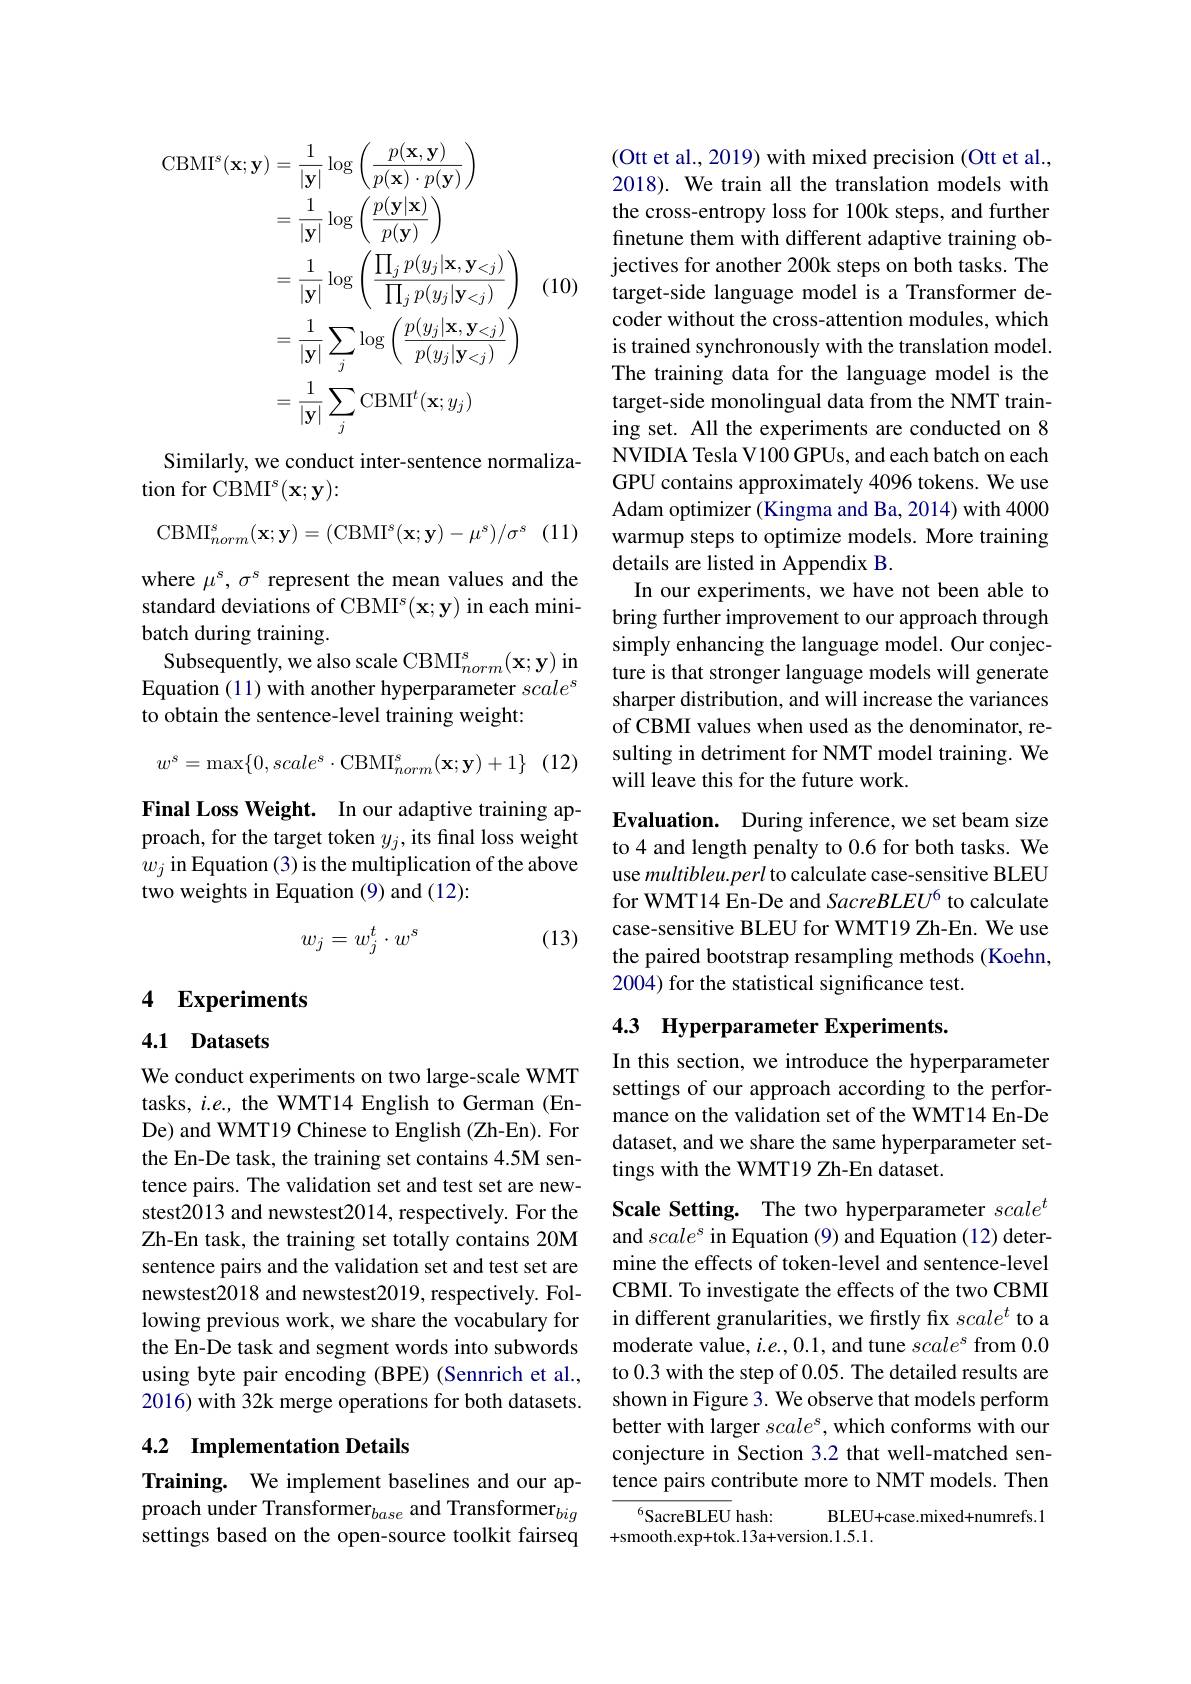
$$\begin{aligned}\mathrm{CBMI}^{s}(\mathbf{x};\mathbf{y})&=\frac{1}{|\mathbf{y}|}\log\left(\frac{p(\mathbf{x},\mathbf{y})}{p(\mathbf{x})\cdot p(\mathbf{y})}\right)\\&=\frac{1}{|\mathbf{y}|}\log\left(\frac{p(\mathbf{y}|\mathbf{x})}{p(\mathbf{y})}\right)\\&=\frac{1}{|\mathbf{y}|}\log\left(\frac{\prod_{j}p(y_{j}|\mathbf{x},\mathbf{y}_{<j})}{\prod_{j}p(y_{j}|\mathbf{y}_{<j})}\right)\\&=\frac{1}{|\mathbf{y}|}\sum_{j}\log\left(\frac{p(y_{j}|\mathbf{x},\mathbf{y}_{<j})}{p(y_{j}|\mathbf{y}_{<j})}\right)\\&=\frac{1}{|\mathbf{y}|}\sum_{j}\mathrm{CBMI}^{t}(\mathbf{x};y_{j})\end{aligned}$$
(10)

Similarly, we conduct inter-sentence normaliza-
tion for CBMI$^s(\mathbf{x};\mathbf{y}):$

(11)
$$\mathrm{CBMI}_{norm}^s(\mathbf{x};\mathbf{y})=(\mathrm{CBMI}^s(\mathbf{x};\mathbf{y})-\mu^s)/\sigma^s$$
where $\mu^{s},\sigma^{s}$ represent the mean values and the standard deviations of CBMI$^s(\mathbf{x};\mathbf{y})$ in each minibatch during training.
Subsequently, we also scale CBMI$_norm^s(\mathbf{x};\mathbf{y})$ in Equation (11) with another hyperparameter $scale^s$ to obtain the sentence-level training weight:

(12)
$$w^s=\max\{0,scale^s\cdot\mathrm{CBMI}_{norm}^s(\mathbf{x};\mathbf{y})+1\}$$
Final Loss Weight. In our adaptive training approach, for the target token $y_j$,its final loss weight $w_j$ in Equation (3) is the multiplication of the above two weights in Equation (9) and (12):

(13)
$$w_j=w_j^t\cdot w^s$$
## 4 Experiments

## 4.1 Datasets

We conduct experiments on two large-scale WMT tasks, $i.e.$, the WMT14 English to German (EnDe) and WMT19 Chinese to English (Zh-En). For the En-De task, the training set contains 4.5M sentence pairs. The validation set and test set are newstest2013 and newstest2014, respectively. For the Zh-En task, the training set totally contains 20M sentence pairs and the validation set and test set are newstest2018 and newstest2019, respectively. Following previous work, we share the vocabulary for the En-De task and segment words into subwords using byte pair encoding (BPE) (Sennrich et al., 2016) with 32k merge operations for both datasets.

## 4.2 Implementation Details

Training. We implement baselines and our approach under Transformer$_base\text{ and Transformer}_{big}$ settings based on the open-source toolkit fairseq

(Ott et al., 2019) with mixed precision (Ott et al., 2018). We train all the translation models with the cross-entropy loss for 100k steps, and further finetune them with different adaptive training objectives for another 200k steps on both tasks. The target-side language model is a Transformer decoder without the cross-attention modules, which is trained synchronously with the translation model. The training data for the language model is the target-side monolingual data from the NMT training set. All the experiments are conducted on 8 NVIDIA Tesla V100 GPUs, and each batch on each GPU contains approximately 4096 tokens. We use Adam optimizer (Kingma and Ba, 2014) with 4000 warmup steps to optimize models. More training details are listed in Appendix B.
In our experiments, we have not been able to bring further improvement to our approach through simply enhancing the language model. Our conjecture is that stronger language models will generate sharper distribution, and will increase the variances of CBMI values when used as the denominator, resulting in detriment for NMT model training. We will leave this for the future work.

Evaluation. During inference, we set beam size to 4 and length penalty to 0.6 for both tasks. We use multibleu.perl to calculate case-sensitive BLEU for WMT14 En-De and SacreBLEU$^{6}$ to calculate case-sensitive BLEU for WMT19 Zh-En. We use the paired bootstrap resampling methods (Koehn, 2004) for the statistical significance test.

# 4.3 Hyperparameter Experiments.

In this section, we introduce the hyperparameter settings of our approach according to the performance on the validation set of the WMT14 En-De dataset, and we share the same hyperparameter settings with the WMT19 Zh-En dataset.

Scale Setting. The two hyperparameter $scale^t$ and $scale^s$ in Equation (9) and Equation (12) determine the effects of token-level and sentence-level CBMI. To investigate the effects of the two CBMI in different granularities, we firstly fix $scale^t$ to a moderate value, $i.e.,0.1$, and tune $scale^s$ from 0.0 to 0.3 with the step of 0.05. The detailed results are shown in Figure 3. We observe that models perform better with larger $scale^s$, which conforms with our conjecture in Section 3.2 that well-matched sentence pairs contribute more to NMT models. Then

$^{6}$SacreBLEU hash:
BLEU+case.mixed+numrefs.1
+smooth.exp+tok.13a+version.1.5.1.